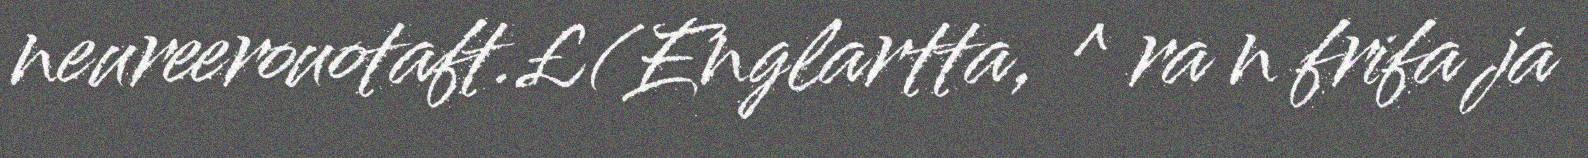
neureerouotaft.£(Englartta, ^ ra n frifa ja